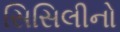
સિસિલીનો